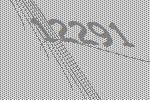
12291